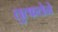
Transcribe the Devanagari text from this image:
लुत्फलेने